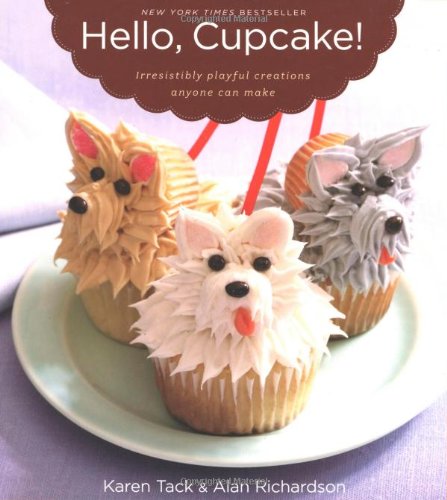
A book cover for Hello, Cupcake!: Irresistibly Playful Creations Anyone Can Make; Karen Tack; Cookbooks, Food & Wine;